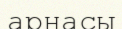
арнасы